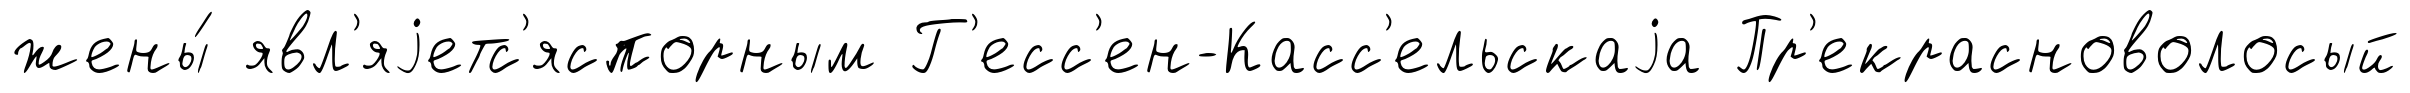
жены́ явл'яjетс'яспорным Г'есс'ен-Касс'ельскаjа Пр'екрасноволосый